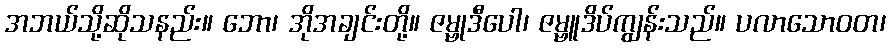
အဘယ်သို့ဆိုသနည်း။ ဘော၊ အိုအချင်းတို့။ ဇမ္ဗုဒီပေါ၊ ဇမ္ဗူဒိပ်ကျွန်းသည်။ ပလာသောဝတ၊